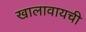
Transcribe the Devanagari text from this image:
खालावायची